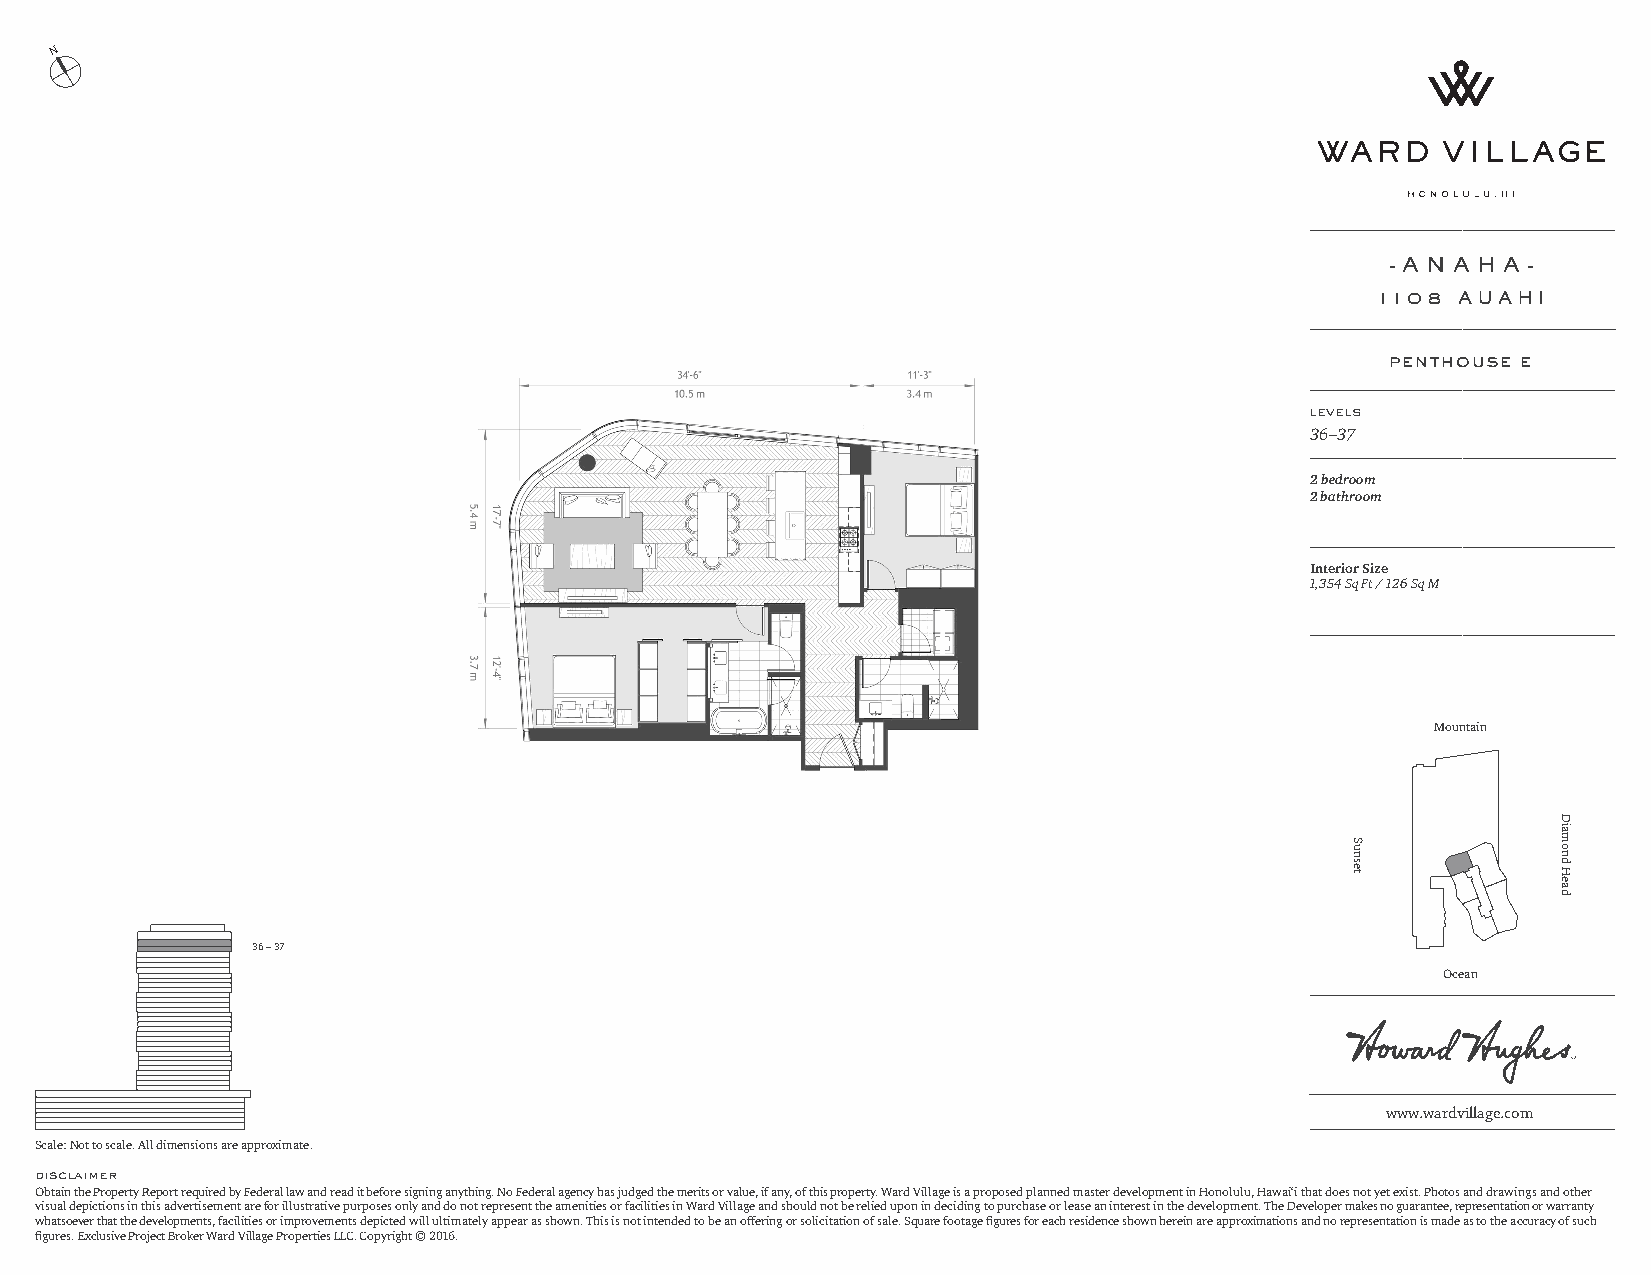
N
 - A N A H A -
 1108 AUAHI
 penthouse e
 levels
 36–37
 2 bedroom
 2 bathroom
 Interior Size
 1,354 Sq Ft / 126 Sq M
 Mountain
 36 – 37
 Ocean
 www.wardvillage.com
 Scale: Not to scale. All dimensions are approximate.
 disclaimer
 Obtain the Property Report required by Federal law and read it before signing anything. No Federal agency has judged the merits or value, if any, of this property. Ward Village is a proposed planned master development in Honolulu, Hawai‘i that does not yet exist. Photos and drawings and other
 visual depictions in this advertisement are for illustrative purposes only and do not represent the amenities or facilities in Ward Village and should not be relied upon in deciding to purchase or lease an interest in the development. The Developer makes no guarantee, representation or warranty
 whatsoever that the developments, facilities or improvements depicted will ultimately appear as shown. This is not intended to be an offering or solicitation of sale. Square footage figures for each residence shown herein are approximations and no representation is made as to the accuracy of such
 figures. Exclusive Project Broker Ward Village Properties LLC. Copyright © 2016.
 Sunset
 Diamond
 Head